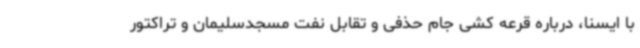
با ایسنا، درباره قرعه کشی جام حذفی و تقابل نفت مسجدسلیمان و تراکتور